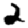
Digit: 2